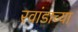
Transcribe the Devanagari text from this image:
रवांडाच्या